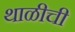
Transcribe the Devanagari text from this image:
थाळीची